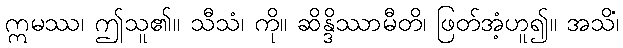
ဣမဿ၊ ဤသူ၏။ သီသံ၊ ကို။ ဆိန္ဒိဿာမီတိ၊ ဖြတ်အံ့ဟူ၍။ အသိံ၊